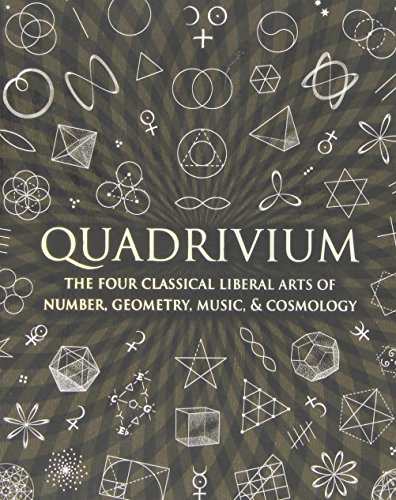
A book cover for Quadrivium: The Four Classical Liberal Arts of Number, Geometry, Music, & Cosmology (Wooden Books); Miranda Lundy; Arts & Photography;